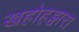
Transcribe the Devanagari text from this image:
खहोहड्वारा